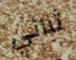
ثنائي